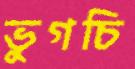
ভুগচি